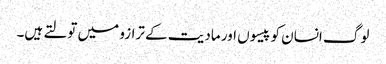
لوگ انسان کو پیسوں اور مادیت کے ترازو میں تولتے ہیں۔